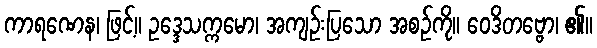
ကာရဏေန၊ ဖြင့်။ ဥဒ္ဒေသက္ကမော၊ အကျဉ်းပြသော အစဉ်ကို။ ဝေဒိတဗ္ဗော၊ ၏။